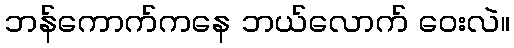
ဘန်ကောက်ကနေ ဘယ်လောက် ဝေးလဲ။